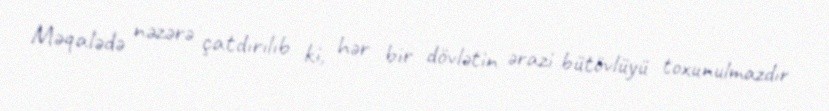
Məqalədə nəzərə çatdırılıb ki, hər bir dövlətin ərazi bütövlüyü toxunulmazdır